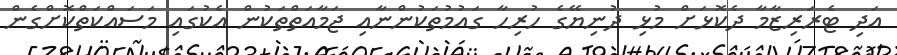
އަދި ޓެރަރިޒާމާ ދެކޮޅަށް މުޅި ދުނިޔޭގެ ހުރިހާ ގައުމުތަކުންނާއި ޖަމާއަތްތަކުން އެކުގައި މަސައްކަތްކޮށްގެން